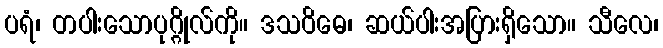
ပရံ၊ တပါးသောပုဂ္ဂိုလ်ကို။ ဒသဝိဓေ၊ ဆယ်ပါးအပြားရှိသော။ သီလေ၊